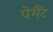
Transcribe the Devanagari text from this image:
पेमैंट